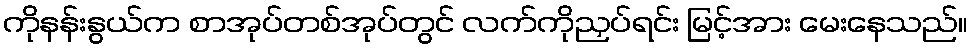
ကိုနန်းနွယ်က စာအုပ်တစ်အုပ်တွင် လက်ကိုညှပ်ရင်း မြင့်အား မေးနေသည်။